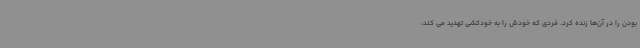
بودن را در آن‌ها زنده کرد. فردی که خودش را به خودکشی تهدید می کند،